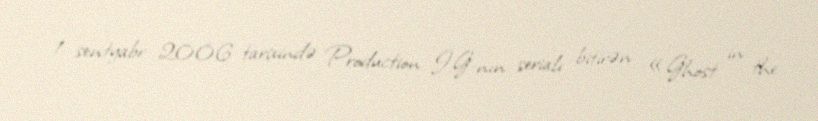
1 sentyabr 2006 tarixində Production I.G-nın serialı bitirən «Ghost in the